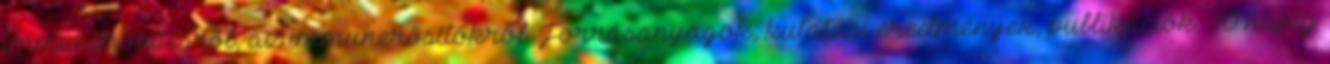
immunerősítésről, az immunerősítőkről. Forrásanyagok, kutatási eredmények, publikációk. 30 napig